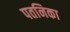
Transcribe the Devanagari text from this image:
पतनिका